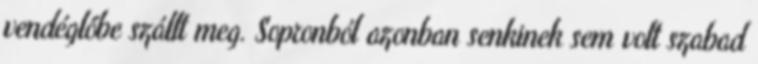
vendéglőbe szállt meg. Sopronból azonban senkinek sem volt szabad